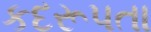
કદરૂપતા